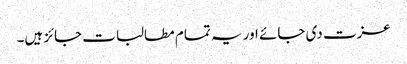
عزت دی جائے اور یہ تمام مطالبات جائز ہیں۔